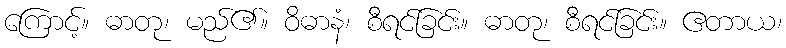
ကြောင့်။ ဓာတု၊ မည်၏။ ဝိဓာနံ၊ စီရင်ခြင်း။ ဓာတု၊ စီရင်ခြင်း။ ဧတာယ၊